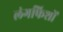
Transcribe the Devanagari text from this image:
लंगफिशों